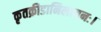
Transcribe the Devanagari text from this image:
कृतक्रीडानिलायनः।